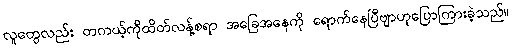
လူတွေလည်း တကယ့်ကိုထိတ်လန့်စရာ အခြေအနေကို ရောက်နေပြီဗျာဟုပြောကြားခဲ့သည်။